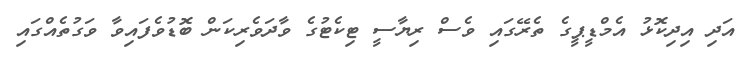
އަދި އިދިކޮޅު އެމްޑީޕީގެ ތެރޭގައި ވެސް ރިޔާސީ ޓިކެޓުގެ ވާދަވެރިކަން ބޮޑުވެފައިވާ ވަގުތެއްގައި